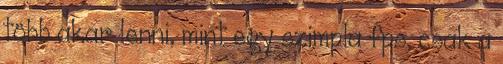
több akar lenni, mint egy szimpla fps, csak a